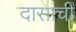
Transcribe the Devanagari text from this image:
दासांची